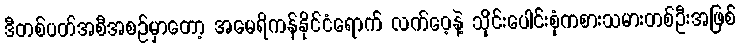
ဒီတစ်ပတ်အစီအစဉ်မှာတော့ အမေရိကန်နိုင်ငံရောက် လက်ဝေ့နဲ့ သိုင်းပေါင်းစုံကစားသမားတစ်ဦးအဖြစ်